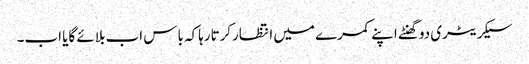
سیکریٹری دوگھنٹے اپنے کمرے میں انتظارکرتارہاکہ باس اب بلائے گایا اب۔